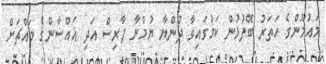
މައުމޫންގެ ހަތަރު ބޭފުޅުން ކަމުގައިވާ ދުންޔާ ޔުމްނާ ފާރިސް އަދި ޣައްްސާންގެ މައްޗަށް